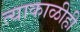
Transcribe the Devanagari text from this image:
त्याकाळीही